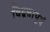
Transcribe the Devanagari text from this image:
विद्वत्तापूर्व